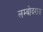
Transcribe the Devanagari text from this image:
लम्बोदराय